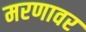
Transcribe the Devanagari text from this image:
मरणावर